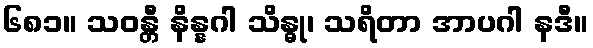
၆၈၁။ သဝန္တီ နိန္နဂါ သိန္ဓု၊ သရိတာ အာပဂါ နဒီ။